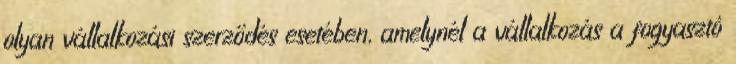
olyan vállalkozási szerződés esetében, amelynél a vállalkozás a fogyasztó